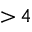
{ > } \, 4